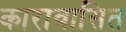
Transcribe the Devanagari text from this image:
कारावासित